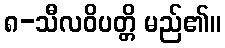
၈-သီလဝိပတ္တိ မည်၏။